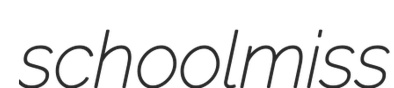
schoolmiss